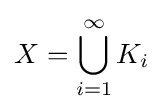
X=\bigcup _{i=1}^{\infty }K_{i}